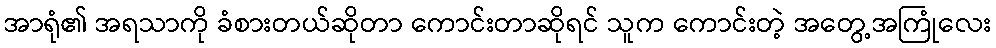
အာရုံ၏ အရသာကို ခံစားတယ်ဆိုတာ ကောင်းတာဆိုရင် သူက ကောင်းတဲ့ အတွေ့အကြုံလေး